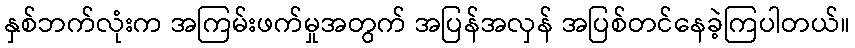
နှစ်ဘက်လုံးက အကြမ်းဖက်မှုအတွက် အပြန်အလှန် အပြစ်တင်နေခဲ့ကြပါတယ်။